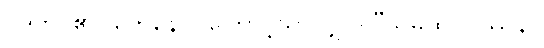
ဝဒတိ၊ ၏။ တေနေဝ၊ ကြောင့်သာလျှင်။ “သမထဝိပဿနာ